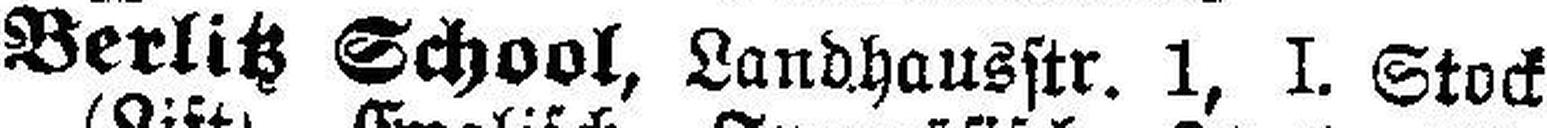
Berlitz School, Landhausstr. 1, I. Stock